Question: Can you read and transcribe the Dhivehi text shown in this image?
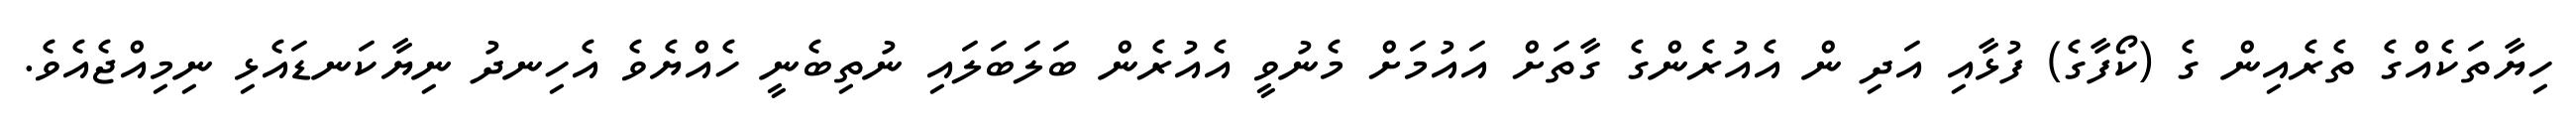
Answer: ހިޔާތަކެއްގެ ތެރެއިން ގެ (ކޯފާގެ) ފުޅާއި އަދި ން އެއުރެންގެ ގާތަށް އައުމަށް މެނުވީ އެއުރެން ބަލަބަލައި ނުތިބެނީ ހެއްޔެވެ އެހިނދު ނިޔާކަނޑައެޅި ނިމިއްޖެއެވެ.